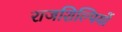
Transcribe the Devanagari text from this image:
राजशिल्पियों